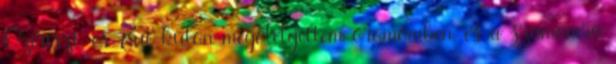
Oziriszt, és Zut külön megölelgettem örömömben, és a számomra